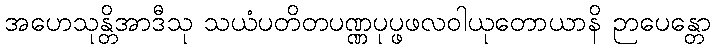
အဟေသုန္တိအာဒီသု သယံပတိတပဏ္ဏပုပ္ဖဖလဝါယုတောယာနိ ဉာပေန္တော